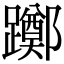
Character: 躑